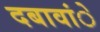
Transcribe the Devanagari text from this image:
दबावांे